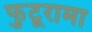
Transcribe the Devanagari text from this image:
फुटूरामा